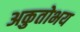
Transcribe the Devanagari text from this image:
अकुतोभय